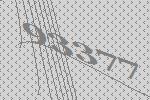
93377